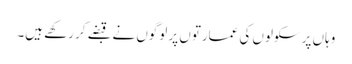
وہاں پر سکولوں کی عمارتوں پر لوگوں نے قبضے کر رکھے ہیں۔